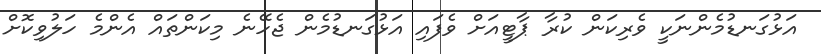
އަޅުގަނޑުމެންނަކީ ވެރިކަން ކުރާ ޕާޓީއަށް ވެފައި އަޅުގަނޑުމެން ޖެހޭނެ މިކަންތައް އެންމެ ހަލުވިކޮށް